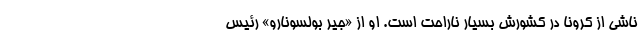
ناشی از کرونا در کشورش بسیار ناراحت است. او از «جیر بولسونارو» رئیس